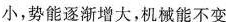
小，势能逐渐增大，机械能不变